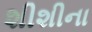
શીશીના